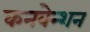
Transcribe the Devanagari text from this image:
कनवेन्शन